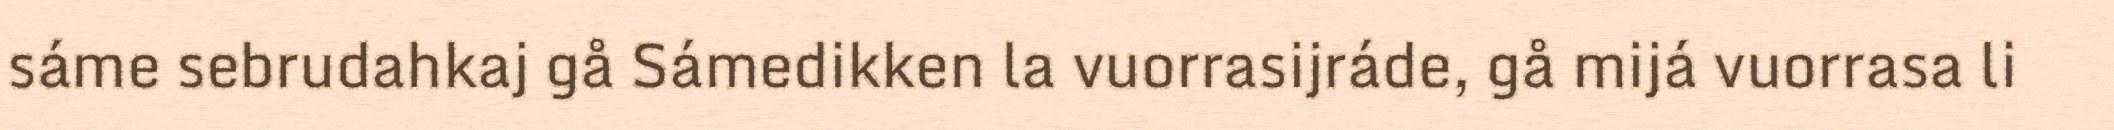
sáme sebrudahkaj gå Sámedikken la vuorrasijráde, gå mijá vuorrasa li